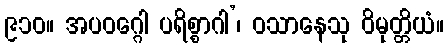
၉၁၀။ အပဝဂ္ဂေါ ပရိစ္စာဂါ’၊ ဝသာနေသု ဝိမုတ္တိယံ။